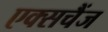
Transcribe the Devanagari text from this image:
एक्सचैंज